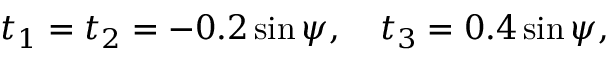
t _ { 1 } = t _ { 2 } = - 0 . 2 \sin \psi , \quad t _ { 3 } = 0 . 4 \sin \psi ,